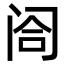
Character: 𬮤